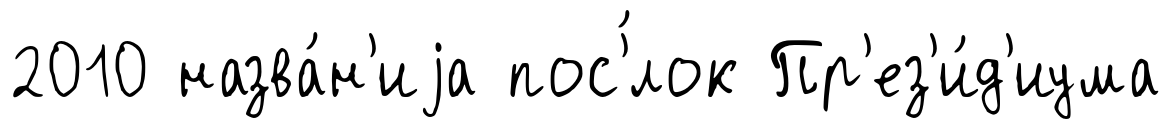
2010 назва́н'иjа пос'́лок Пр'ез'и́д'иума